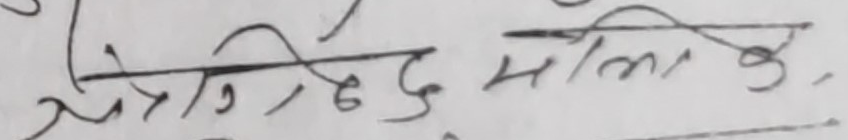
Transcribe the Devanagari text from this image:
महिलाई दिलेछ